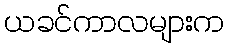
ယခင်ကာလများက